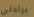
برادلي